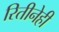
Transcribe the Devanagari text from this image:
रितीनेही